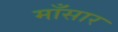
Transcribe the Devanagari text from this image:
माँसार